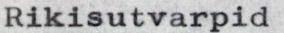
Rikisutvarpid